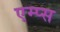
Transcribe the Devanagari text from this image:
एम्प्स